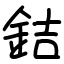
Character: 銡